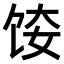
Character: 𫗤